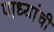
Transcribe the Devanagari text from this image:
पाध्यांची